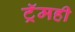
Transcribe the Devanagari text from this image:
ट्रॅमही